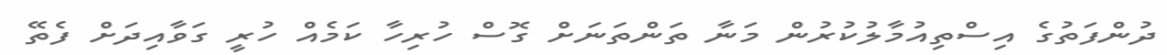
ދުންފަތުގެ އިސްތިއުމާލުކުރުން މަނާ ތަންތަނަށް ގޮސް ހުރިހާ ކަމެއް ހުރީ ގަވާއިދަށް ފެތޭ